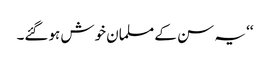
‘‘ یہ سن کے مسلمان خوش ہوگئے۔